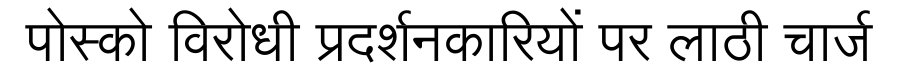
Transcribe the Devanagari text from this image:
पोस्को विरोधी प्रदर्शनकारियों पर लाठी चार्ज